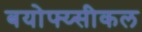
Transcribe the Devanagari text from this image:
बयोफ्य्सीकल